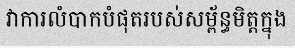
វាការលំបាកបំផុតរបស់សម្ព័ន្ធមិត្តក្នុង